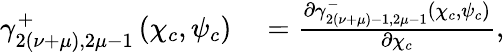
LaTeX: \begin{array}{rl}{\gamma_{2(\nu+\mu),2\mu-1}^{+}\left(\chi_{c},\psi_{c}\right)}&{{}=\frac{\partial\gamma_{2(\nu+\mu)-1,2\mu-1}^{-}\left(\chi_{c},\psi_{c}\right)}{\partial\chi_{c}},}\end{array}